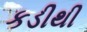
કડીથી